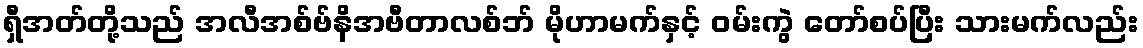
ရှီအတ်တို့သည် အလီအစ်ဗ်နိအဗီတာလစ်ဘ် မိုဟာမက်နှင့် ဝမ်းကွဲ တော်စပ်ပြီး သားမက်လည်း